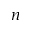
n